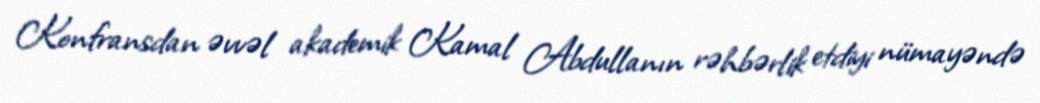
Konfransdan əvvəl akademik Kamal Abdullanın rəhbərlik etdiyi nümayəndə